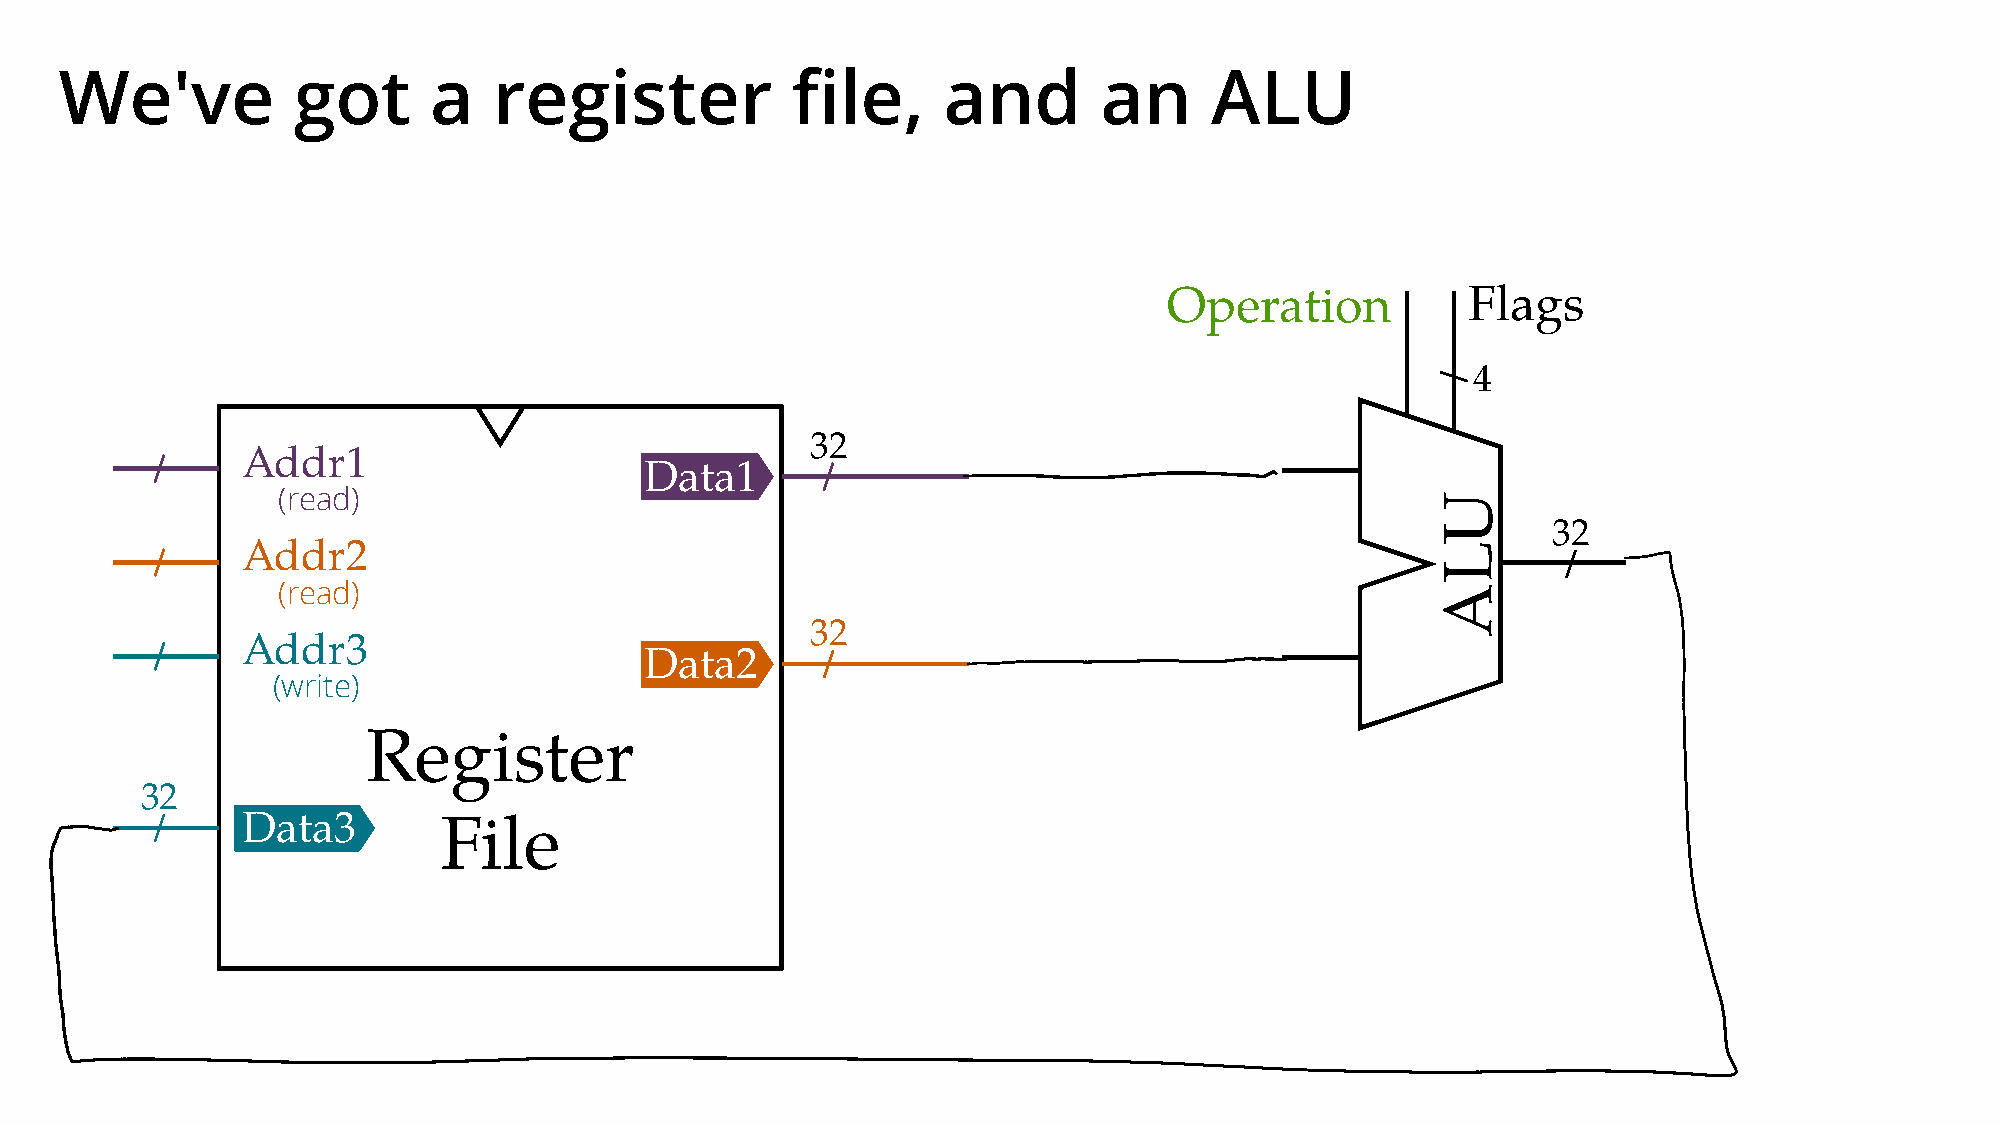
We've          got      a    register           file,     and        an     ALU
 Operation           Flags
 4
 32
 Addr1
 Data1
 (read)
 32
 Addr2
 (read)
 32
 Addr3
 Data2
 (write)
 Register
 32
 Data3
 File
 ULA